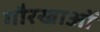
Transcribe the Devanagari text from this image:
गौरखाओं